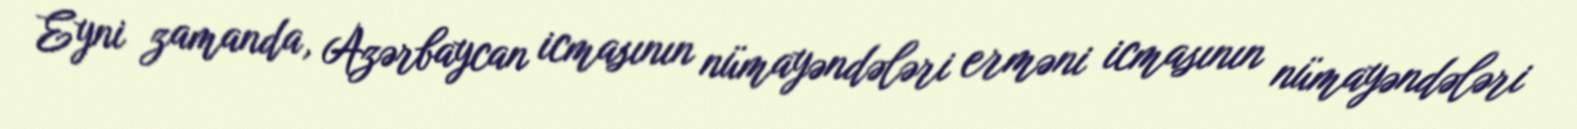
Eyni zamanda, Azərbaycan icmasının nümayəndələri erməni icmasının nümayəndələri